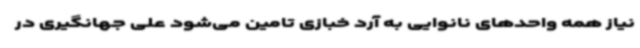
نیاز همه واحدهای نانوایی به آرد خبازی تامین می‌شود علی جهانگیری در